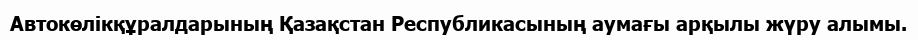
Автокөлікқұралдарының Қазақстан Республикасының аумағы арқылы жүру алымы.